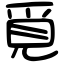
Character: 覓